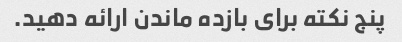
پنج نکته برای بازده ماندن ارائه دهید.